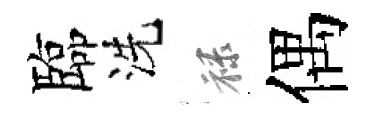
臨洗禄偶